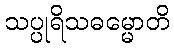
သပ္ပုရိသဓမ္မောတိ